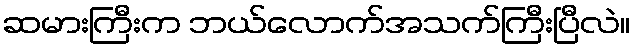
ဆမားကြီးက ဘယ်လောက်အသက်ကြီးပြီလဲ။